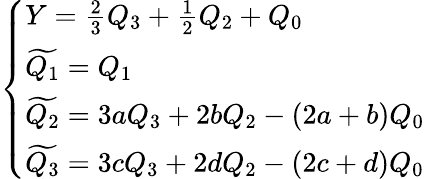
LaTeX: \left\{ \begin{array}{l}{{Y=\frac{2}{3}Q_{3}+\frac{1}{2}Q_{2}+Q_{0}}}\\ {{\widetilde{Q_{1}}=Q_{1}}}\\ {{\widetilde{Q_{2}}=3aQ_{3}+2bQ_{2}-(2a+b)Q_{0}}}\\ {{\widetilde{Q_{3}}=3cQ_{3}+2dQ_{2}-(2c+d)Q_{0}}}\end{array}\right.